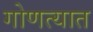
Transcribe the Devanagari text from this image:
गोणत्यात